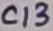
Text: C13